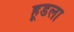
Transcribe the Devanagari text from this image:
हूडला